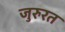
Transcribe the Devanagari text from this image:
जुरुरत